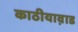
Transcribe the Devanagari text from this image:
काठीयाव़ाड